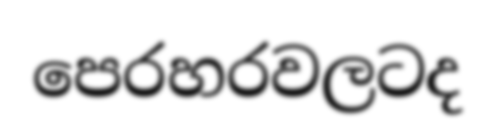
පෙරහරවලටද